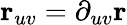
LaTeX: \mathbf{r}_{uv}=\partial_{uv}\mathbf{r}